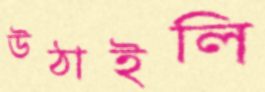
উঠাইলি